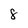
Character: 8